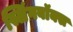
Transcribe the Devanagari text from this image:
स्लिंगबॉक्स